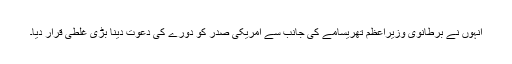
انہوں نے برطانوی وزیراعظم تھریسامے کی جانب سے امریکی صدر کو دورے کی دعوت دینا بڑی غلطی قرار دیا۔